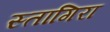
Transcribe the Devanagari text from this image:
स्तागिरा